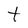
Character: t